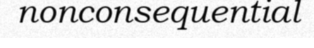
nonconsequential